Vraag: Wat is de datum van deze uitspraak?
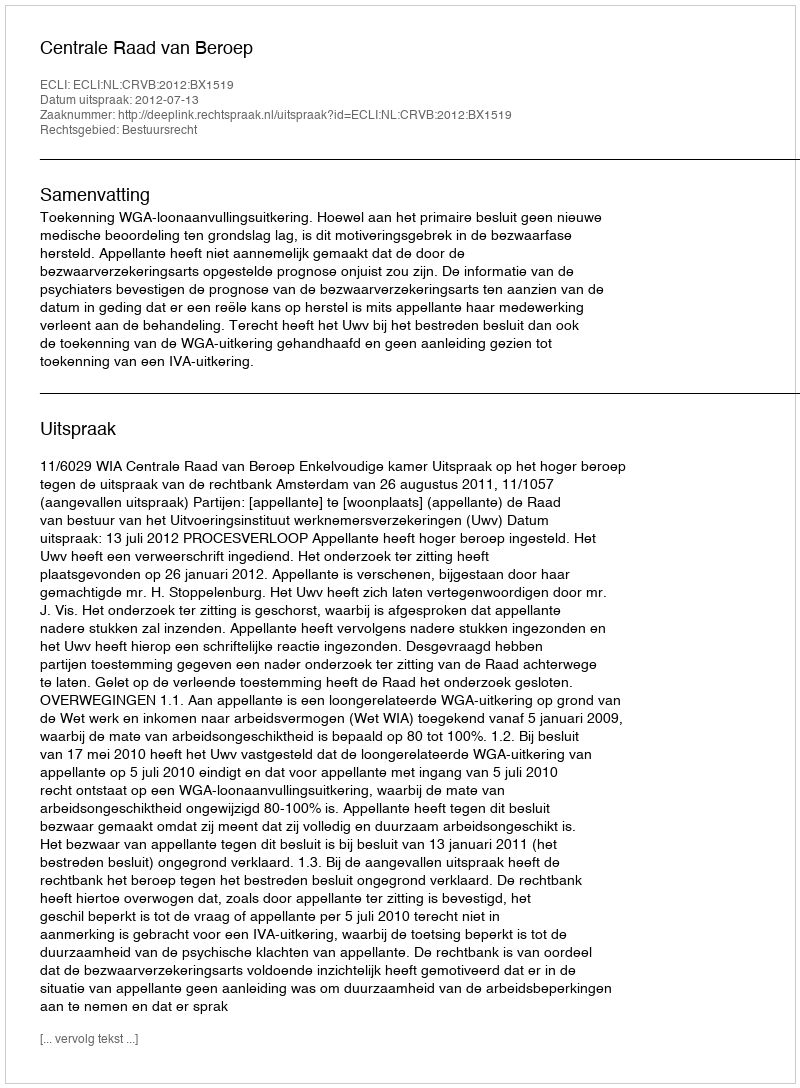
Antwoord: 2012-07-13